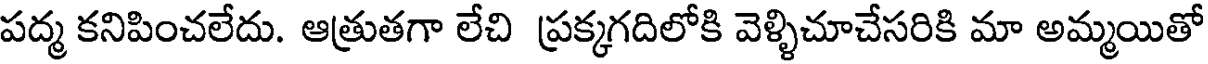
పద్మ కనిపించలేదు. ఆత్రుతగా లేచి ప్రక్కగదిలోకి వెళ్ళిచూచేసరికి మా అమ్మయితో